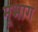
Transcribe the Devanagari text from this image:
मूभाग